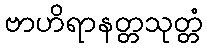
ဗာဟိရာနတ္တသုတ္တံ